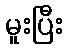
မူးပြီး